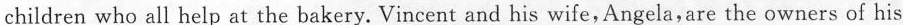
children who all help at the bakery. Vincent and his wife, Angela,are the owners of his